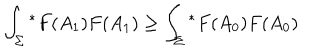
\int _ { \Sigma } { ^ \ast } F ( A _ { 1 } ) F ( A _ { 1 } ) \geq \int _ { \Sigma } { ^ \ast } F ( A _ { 0 } ) F ( A _ { 0 } )